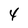
Character: 4